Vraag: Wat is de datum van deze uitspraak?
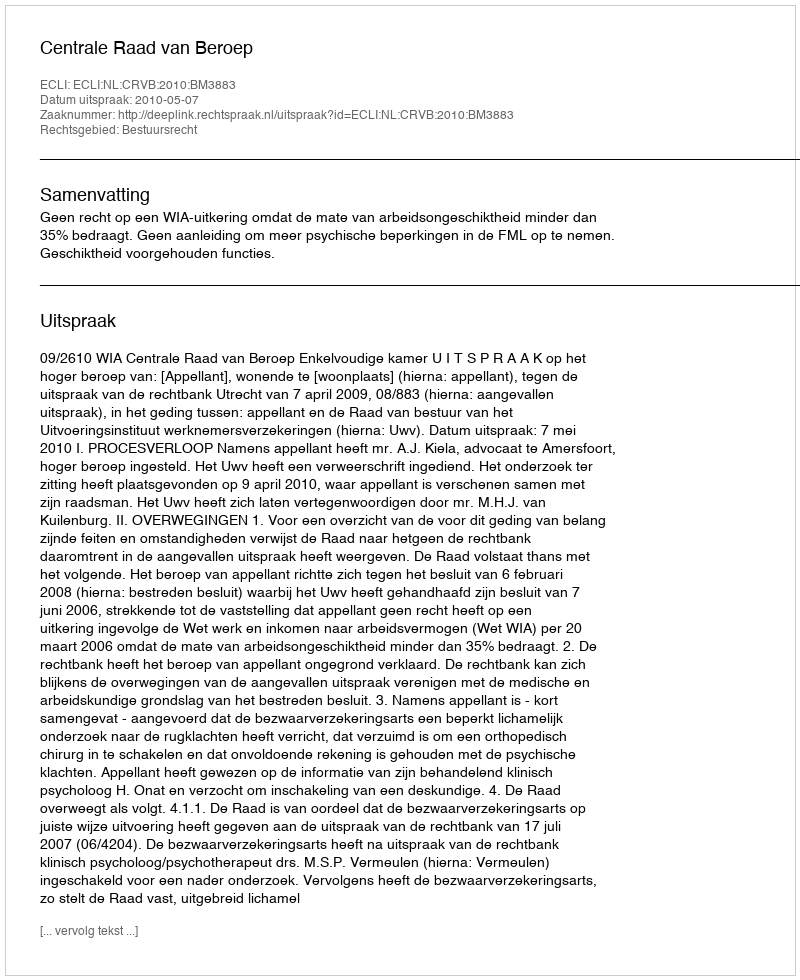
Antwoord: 2010-05-07